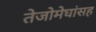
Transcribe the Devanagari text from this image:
तेजोमेघांसह